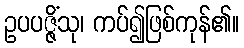
ဥပပဇ္ဇိံသု၊ ကပ်၍ဖြစ်ကုန်၏။